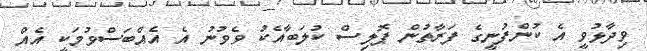
ވިދާޅުވީ އެ ކުންފުނީގެ ފަރާތުން ޕޮލިސް ކުލަބާއެކު ވެވުނު އެ އެއްބަސްވުމަކީ އެއް